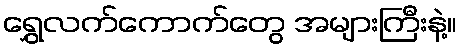
ရွှေလက်ကောက်တွေ အများကြီးနဲ့။